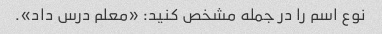
نوع اسم را در جمله مشخص کنید: «معلم درس داد».